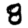
Digit: 8